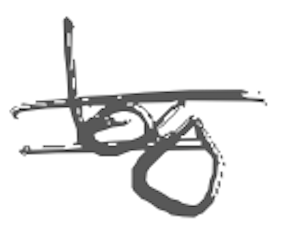
Text: by
Cross-out: double-line
Writing tool: digital_gray